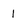
Character: 1